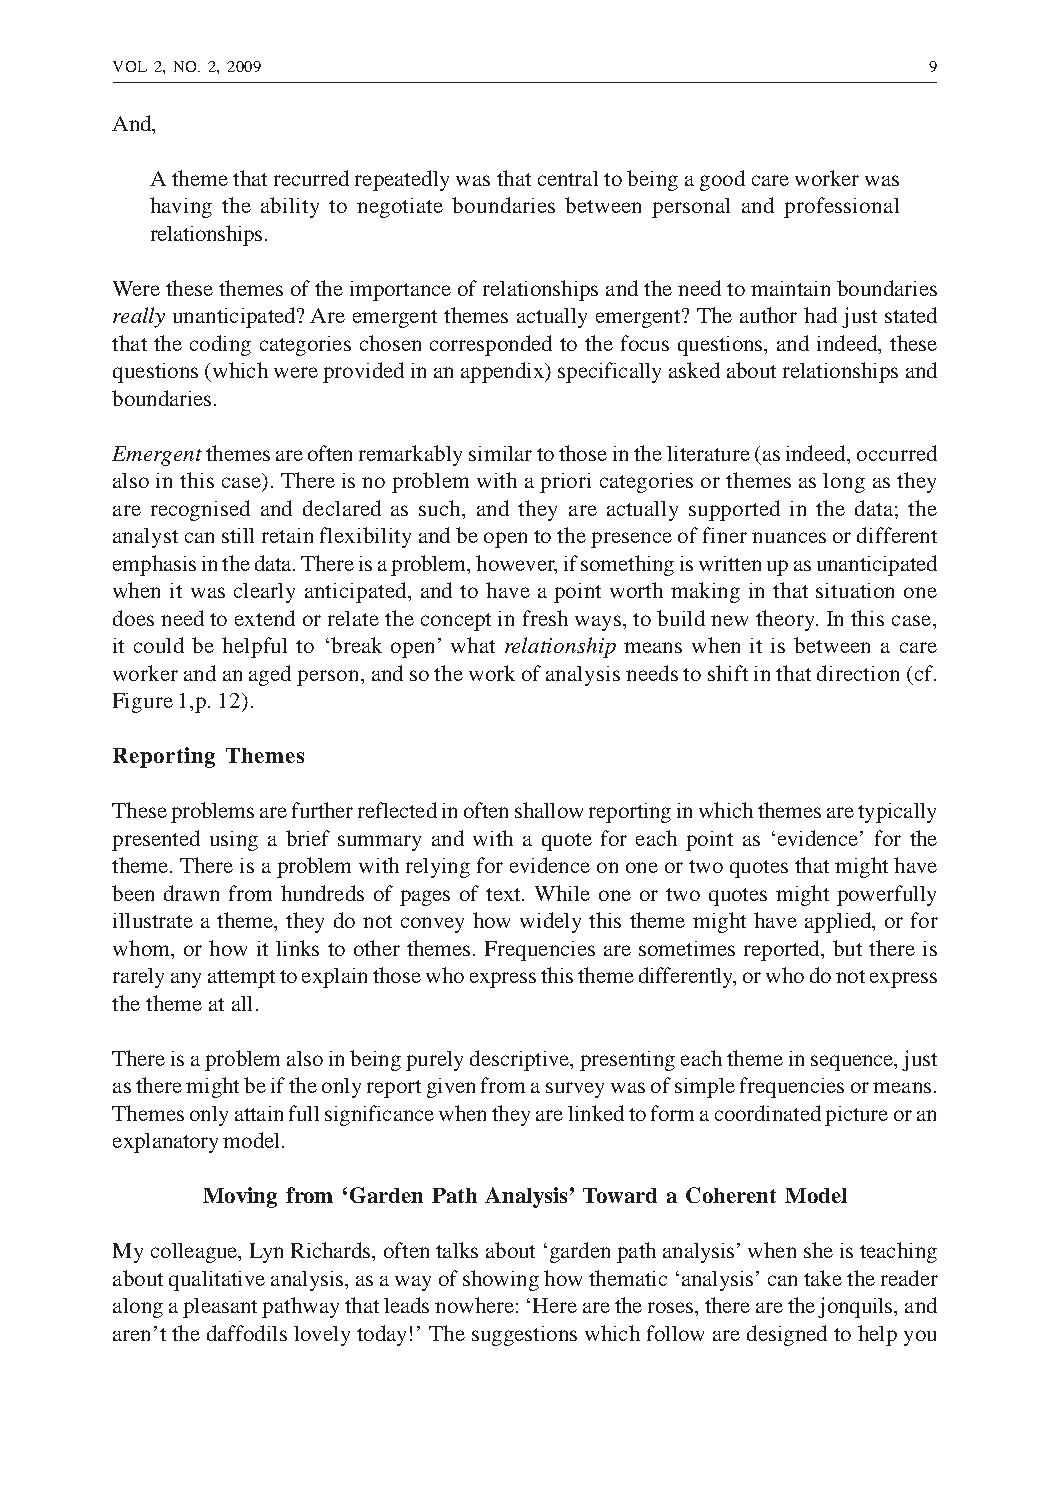
VOL 2, NO. 2, 2009                                    9
 And,
 A theme that recurred repeatedly was that central to being a good care worker was
 having the ability to negotiate boundaries between personal and professional
 relationships.
 Were these themes of the importance of relationships and the need to maintain boundaries
 really unanticipated? Are emergent themes actually emergent? The author had just stated
 that the coding categories chosen corresponded to the focus questions, and indeed, these
 questions (which were provided in an appendix) specifically asked about relationships and
 boundaries.
 Emergent themes are often remarkably similar to those in the literature (as indeed, occurred
 also in this case). There is no problem with a priori categories or themes as long as they
 are recognised and declared as such, and they are actually supported in the data; the
 analyst can still retain flexibility and be open to the presence of finer nuances or different
 emphasis in the data. There is a problem, however, if something is written up as unanticipated
 when it was clearly anticipated, and to have a point worth making in that situation one
 does need to extend or relate the concept in fresh ways, to build new theory. In this case,
 it could be helpful to ‘break open’ what relationship means when it is between a care
 worker and an aged person, and so the work of analysis needs to shift in that direction (cf.
 Figure 1,p. 12).
 Reporting Themes
 These problems are further reflected in often shallow reporting in which themes are typically
 presented using a brief summary and with a quote for each point as ‘evidence’ for the
 theme. There is a problem with relying for evidence on one or two quotes that might have
 been drawn from hundreds of pages of text. While one or two quotes might powerfully
 illustrate a theme, they do not convey how widely this theme might have applied, or for
 whom, or how it links to other themes. Frequencies are sometimes reported, but there is
 rarely any attempt to explain those who express this theme differently, or who do not express
 the theme at all.
 There is a problem also in being purely descriptive, presenting each theme in sequence, just
 as there might be if the only report given from a survey was of simple frequencies or means.
 Themes only attain full significance when they are linked to form a coordinated picture or an
 explanatory model.
 Moving from ‘Garden Path Analysis’ Toward a Coherent Model
 My colleague, Lyn Richards, often talks about ‘garden path analysis’ when she is teaching
 about qualitative analysis, as a way of showing how thematic ‘analysis’ can take the reader
 along a pleasant pathway that leads nowhere: ‘Here are the roses, there are the jonquils, and
 aren’t the daffodils lovely today!’ The suggestions which follow are designed to help you